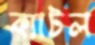
ক্যাটল